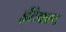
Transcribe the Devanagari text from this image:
ईटेक्स्ट